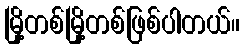
မြို့တစ်မြို့တစ်ဖြစ်ပါတယ်။